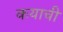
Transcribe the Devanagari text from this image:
कयाची